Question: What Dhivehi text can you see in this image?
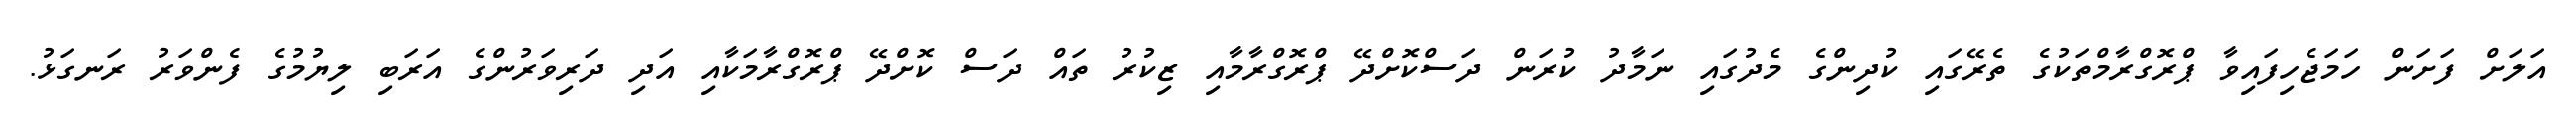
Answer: އަލަށް ފަށަން ހަމަޖެހިފައިވާ ޕްރޮގްރާމްތަކުގެ ތެރޭގައި ކުދިންގެ މެދުގައި ނަމާދު ކުރަން ދަސްކޮށްދޭ ޕްރޮގްރާމާއި ޒިކުރު ތައް ދަސް ކޮށްދޭ ޕްރޮގްރާމަކާއި އަދި ދަރިވަރުންގެ އަރަބި ލިޔުމުގެ ފެންވަރު ރަނގަޅު.